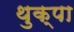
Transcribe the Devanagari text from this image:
थुक्पा